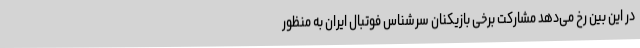
در این بین رخ می‌دهد مشارکت برخی بازیکنان سرشناس فوتبال ایران به منظور